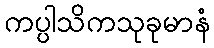
ကပ္ပါသိကသုခုမာနံ